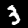
Label: 3